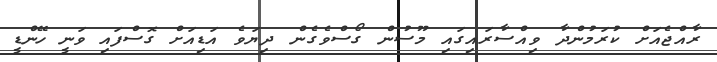
ރާއްޖެއަށް ކުރަމުންދާ ވިއްސާރައިގައި މޫސުން ގޯސްވެގެން ދިޔަވެ އަޑިއަށް ގޮސްފައި ވަނީ ހޭންޑީ